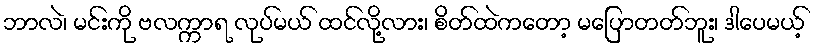
ဘာလဲ၊ မင်းကို ဗလက္ကာရ လုပ်မယ် ထင်လို့လား၊ စိတ်ထဲကတော့ မပြောတတ်ဘူး၊ ဒါပေမယ့်